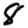
Digit: 8